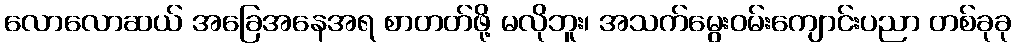
လောလောဆယ် အခြေအနေအရ စာတတ်ဖို့ မလိုဘူး၊ အသက်မွေးဝမ်းကျောင်းပညာ တစ်ခုခု